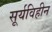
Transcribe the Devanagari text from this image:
सूर्यविहीन